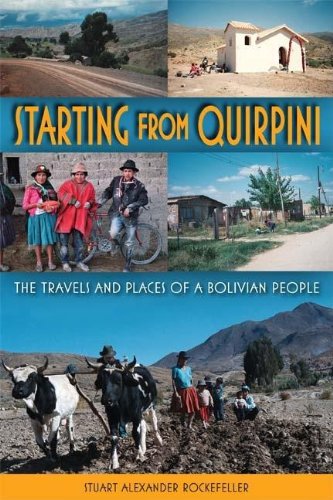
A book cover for Starting from Quirpini: The Travels and Places of a Bolivian People; Stuart Alexander Rockefeller; Travel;